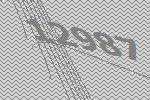
12987